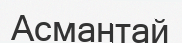
Асмантай